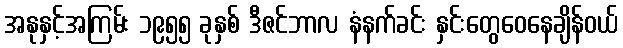
အနုနှင့်အကြမ်း ၁၉၅၅ ခုနှစ် ဒီဇင်ဘာလ နံနက်ခင်း နှင်းတွေဝေနေချိန်ဝယ်